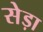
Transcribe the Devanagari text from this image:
सेड़ा